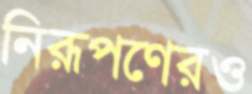
নিরূপণেরও